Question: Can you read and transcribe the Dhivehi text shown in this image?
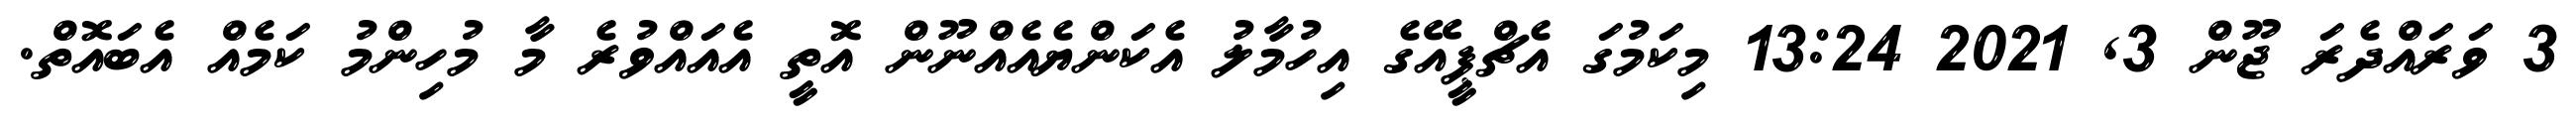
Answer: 3 ވަރައްދެރަ ޖޫން 3, 2021 13:24 މިކަމުގަ އެޗްޕީއޭގެ އިހުމާލު އެކަންޔެއެއްނޫން އޮތީ އެއައްވުރެ މާ މުހިންމު ކަމެއް އެބައޮތް.